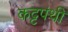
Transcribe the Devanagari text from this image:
कट्टपंथी